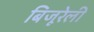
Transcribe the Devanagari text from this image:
बिजूरेली